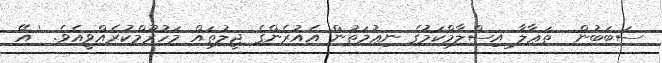
ސަބަބުން  ތަޢާލާ އިސްލާމްކަމުގެ ނިޢުމަތުން އެއުރެންގެ ޖީލުތައް މަހުރޫމްކުރެއްވީއެވެ. ' އޭ